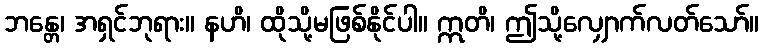
ဘန္တေ၊ အရှင်ဘုရား။ နဟိ၊ ထိုသို့မဖြစ်နိုင်ပါ။ ဣတိ၊ ဤသို့လျှောက်လတ်သော်။